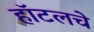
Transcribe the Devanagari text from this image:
हॉटलचे